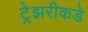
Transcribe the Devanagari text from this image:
ट्रेझरीकडे